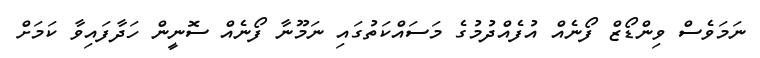
ނަމަވެސް ވިންޑޯޒް ފޯނެއް އުފެއްދުމުގެ މަސައްކަތުގައި ނަމޫނާ ފޯނެއް ސޮނީން ހަދާފައިވާ ކަމަށް